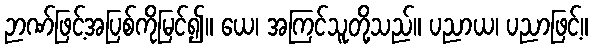
ဉာဏ်ဖြင့်အပြစ်ကိုမြင်၍။ ယေ၊ အကြင်သူတို့သည်။ ပညာယ၊ ပညာဖြင့်။